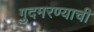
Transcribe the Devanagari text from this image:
गुदमरण्याची